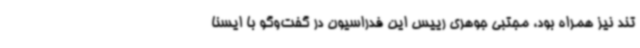
تند نیز همراه بود، مجتبی جوهری رییس این فدراسیون در گفت‌وگو با ایسنا